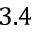
3 . 4